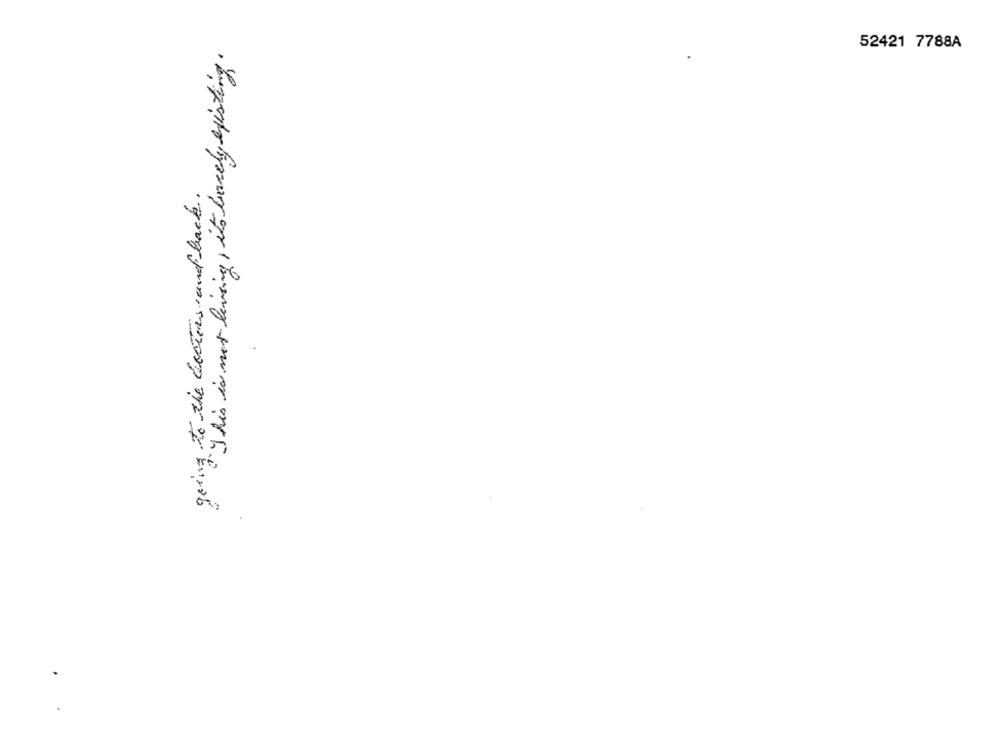
52421 7788A
"This is not living , it's barely existing.
going to the doctors and back.